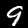
Digit: 9